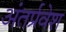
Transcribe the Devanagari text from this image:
अंतर्प्रवेश